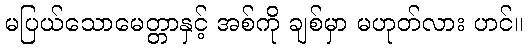
မပြယ်သောမေတ္တာနှင့် အစ်ကို ချစ်မှာ မဟုတ်လား ဟင်။